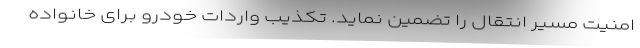
امنیت مسیر انتقال را تضمین نماید. تکذیب واردات خودرو برای خانواده